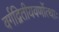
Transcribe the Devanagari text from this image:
वर्गद्वितीयवर्णोत्थाः